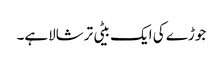
جوڑے کی ایک بیٹی ترشالاہے۔